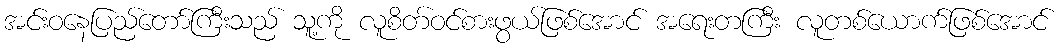
အင်းဝနေပြည်တော်ကြီးသည် သူ့ကို လူစိတ်ဝင်စားဖွယ်ဖြစ်အောင် အရေးတကြီး လူတစ်ယောက်ဖြစ်အောင်